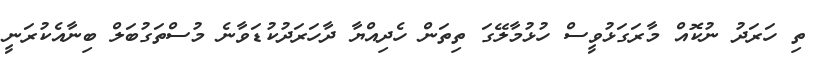
ތި ހަރަދު ނުކޮއް މާރަގަޅުވީސް ހުޅުމާލޭގަ ތިތަން ހެދިއްޔާ ދާހަރަދުކުޑަވާނެ މުސްތަގުބަލް ބިނާއެކުރަނީ